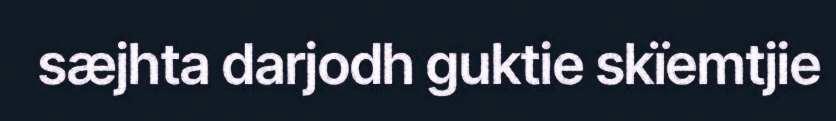
sæjhta darjodh guktie skïemtjie